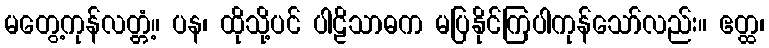
မတွေ့ကုန်လတ္တံ့။ ပန၊ ထိုသို့ပင် ပါဠိသာဓက မပြနိုင်ကြပါကုန်သော်လည်း။ ဧတ္ထ၊